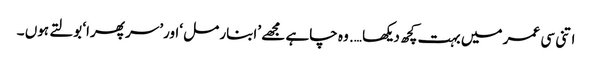
اتنی سی عمر میں بہت کچھ دیکھا …. وہ چاہے مجھے ’ابنار مل ‘اور’سر پھرا‘ بولتے ہوں ۔